Annual report of the Imperial Bacteriological Laboratory, Muktesar
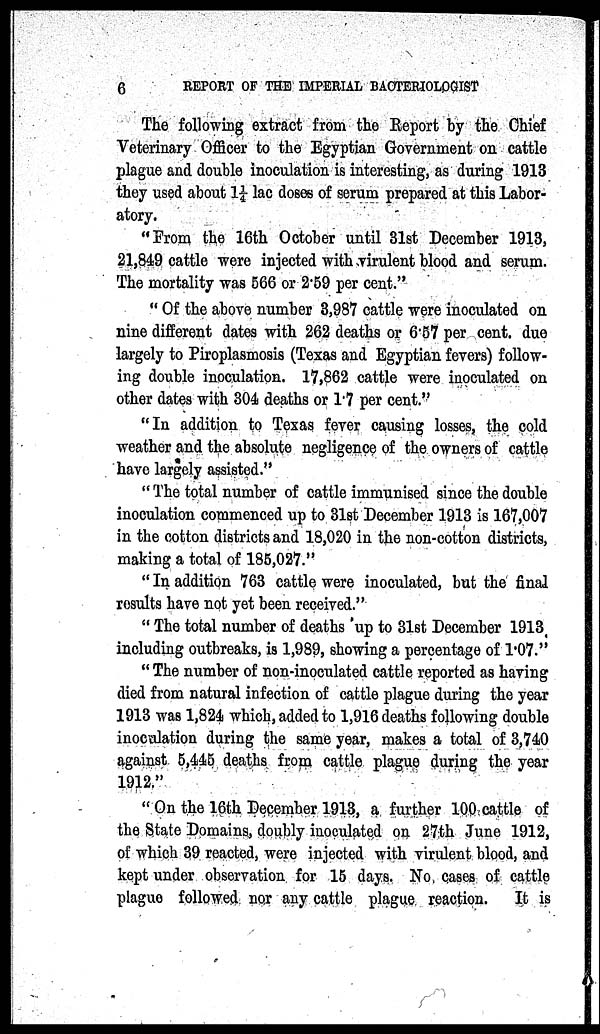
6
REPORT OF THE IMPERIAL BACTERIOLOGIST
The following extract from the Report by the Chief
Veterinary Officer to the Egyptian Government on cattle
plague and double inoculation is interesting, as during 1913
they used about 1¼ lac doses of serum prepared at this Labor-
atory.
"From the 16th October until 31st December 1913,
21,849 cattle were injected with virulent blood and serum.
The mortality was 566 or 2.59 per cent."
"Of the above number 3,987 cattle were inoculated on
nine different dates with 262 deaths or 6.57 per cent. due
largely to Piroplasmosis (Texas and Egyptian fevers) follow-
ing double inoculation. 17,862 cattle were inoculated on
other dates with 304 deaths or 1.7 per cent."
"In addition to Texas fever causing losses, the cold
weather and the absolute negligence of the owners of cattle
have largely assisted."
"The total number of cattle immunised since the double
inoculation commenced up to 31st December 1913 is 167,007
in the cotton districts and 18,020 in the non-cotton districts,
making a total of 185,027."
" In addition 763 cattle were inoculated, but the final
results have not yet been received."
" The total number of deaths up to 31st December 1913.
including outbreaks, is 1,989, showing a percentage of 1.07."
" The number of non-inoculated cattle reported as having
died from natural infection of cattle plague during the year
1913 was 1,824 which, added to 1,916 deaths following double
inoculation during the same year, makes a total of 3,740
against 5,445 deaths from cattle plague during the year
1912."
"On the 16th December 1913, a further 100 cattle of
the State Domains, doubly inoculated on 27th June 1912,
of which 39 reacted, were injected with virulent blood, and
kept under observation for 15 days. No cases of cattle
plague followed nor any cattle plague reaction. It is